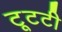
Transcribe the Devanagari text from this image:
टूटटी